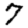
Digit: 7